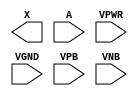
module sky130_fd_sc_lp__clkdlybuf4s25 (
    X   ,
    A   ,
    VPWR,
    VGND,
    VPB ,
    VNB
);

    output X   ;
    input  A   ;
    input  VPWR;
    input  VGND;
    input  VPB ;
    input  VNB ;
endmodule